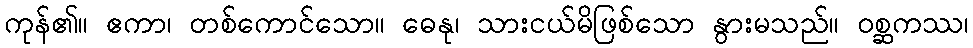
ကုန်၏။ ဧကာ၊ တစ်ကောင်သော။ ဓေနု၊ သားငယ်မိဖြစ်သော နွားမသည်။ ဝစ္ဆကဿ၊